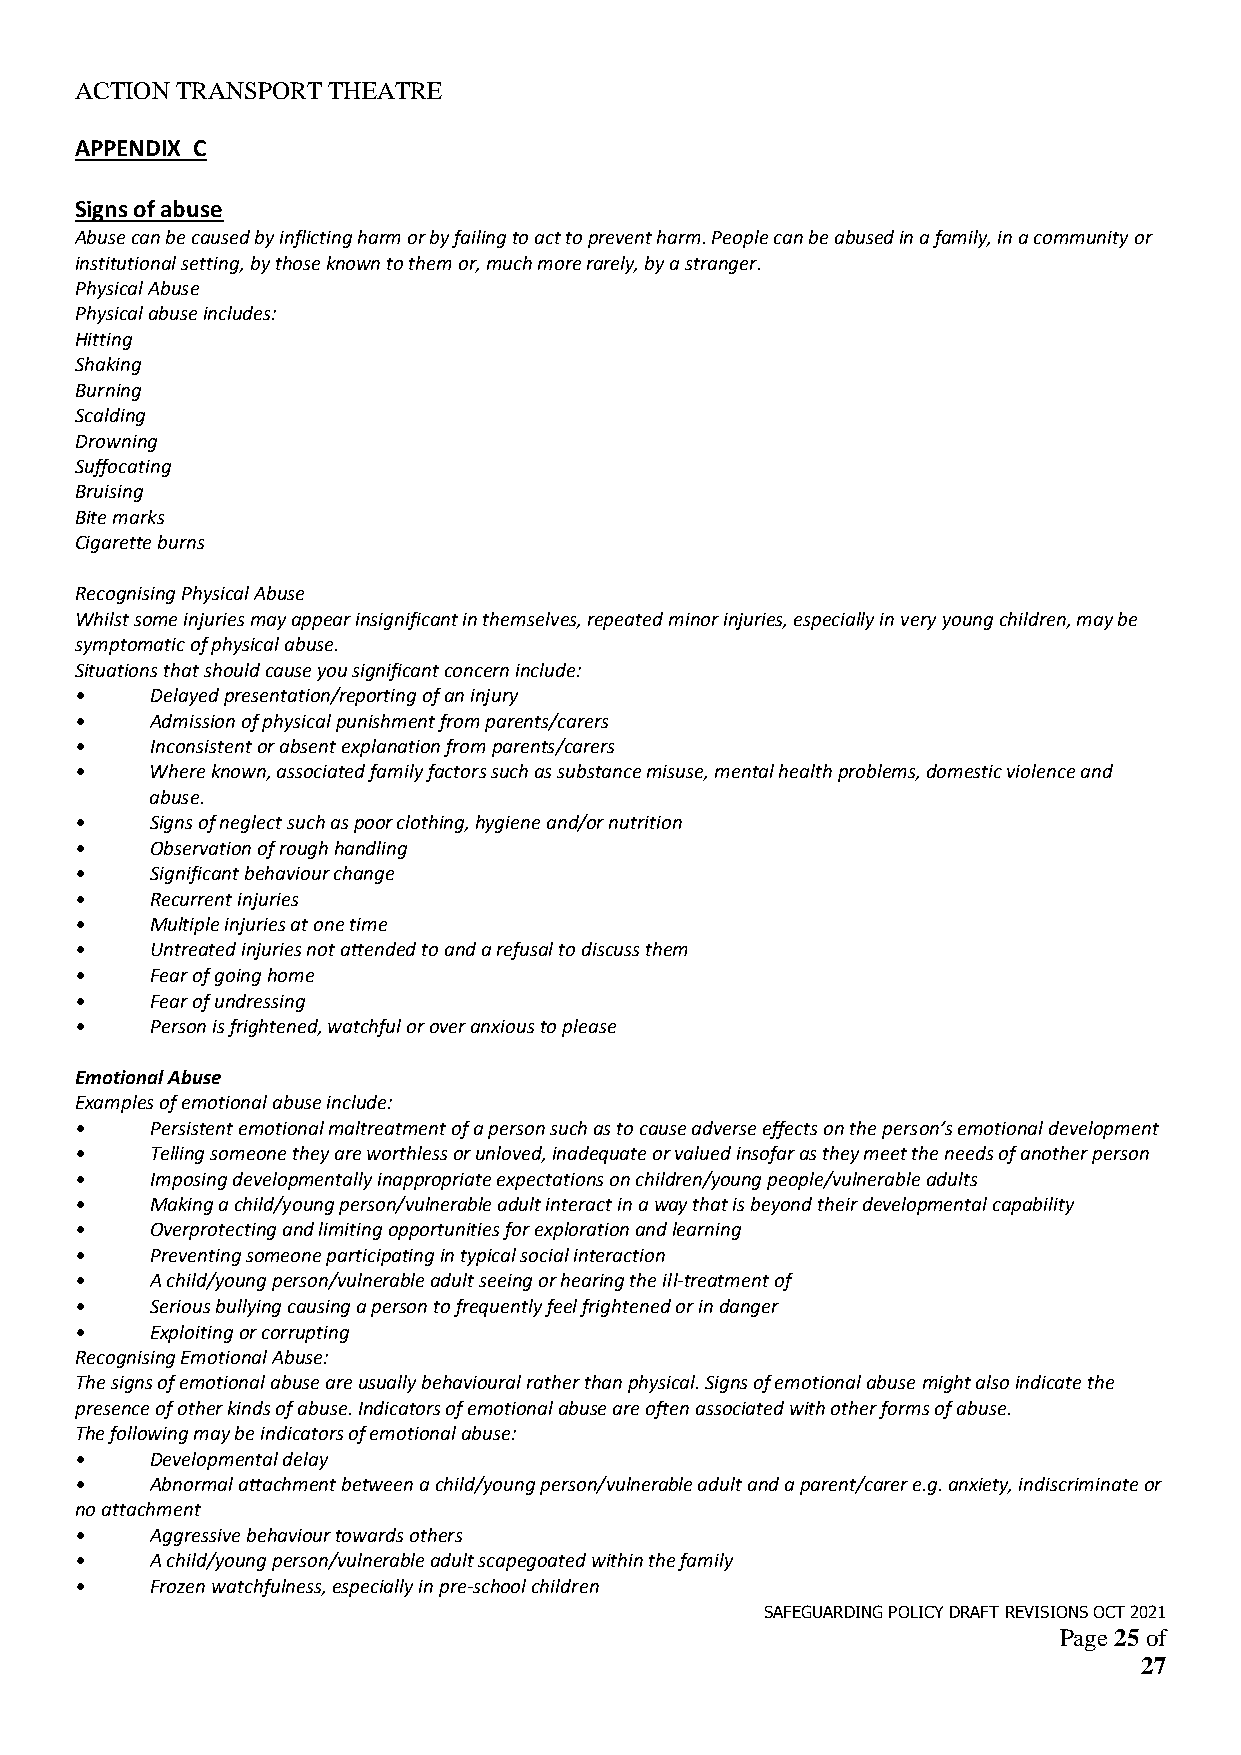
ACTION TRANSPORT THEATRE
 APPENDIX C
 Signs of abuse
 Abuse can be caused by inflicting harm or by failing to act to prevent harm. People can be abused in a family, in a community or
 institutional setting, by those known to them or, much more rarely, by a stranger.
 Physical Abuse
 Physical abuse includes:
 Hitting
 Shaking
 Burning
 Scalding
 Drowning
 Suffocating
 Bruising
 Bite marks
 Cigarette burns
 Recognising Physical Abuse
 Whilst some injuries may appear insignificant in themselves, repeated minor injuries, especially in very young children, may be
 symptomatic of physical abuse.
 Situations that should cause you significant concern include:
 •    Delayed presentation/reporting of an injury
 •    Admission of physical punishment from parents/carers
 •    Inconsistent or absent explanation from parents/carers
 •    Where known, associated family factors such as substance misuse, mental health problems, domestic violence and
 abuse.
 •    Signs of neglect such as poor clothing, hygiene and/or nutrition
 •    Observation of rough handling
 •    Significant behaviour change
 •    Recurrent injuries
 •    Multiple injuries at one time
 •    Untreated injuries not attended to and a refusal to discuss them
 •    Fear of going home
 •    Fear of undressing
 •    Person is frightened, watchful or over anxious to please
 Emotional Abuse
 Examples of emotional abuse include:
 •    Persistent emotional maltreatment of a person such as to cause adverse effects on the person’s emotional development
 •    Telling someone they are worthless or unloved, inadequate or valued insofar as they meet the needs of another person
 •    Imposing developmentally inappropriate expectations on children/young people/vulnerable adults
 •    Making a child/young person/vulnerable adult interact in a way that is beyond their developmental capability
 •    Overprotecting and limiting opportunities for exploration and learning
 •    Preventing someone participating in typical social interaction
 •    A child/young person/vulnerable adult seeing or hearing the ill-treatment of
 •    Serious bullying causing a person to frequently feel frightened or in danger
 •    Exploiting or corrupting
 Recognising Emotional Abuse:
 The signs of emotional abuse are usually behavioural rather than physical. Signs of emotional abuse might also indicate the
 presence of other kinds of abuse. Indicators of emotional abuse are often associated with other forms of abuse.
 The following may be indicators of emotional abuse:
 •    Developmental delay
 •    Abnormal attachment between a child/young person/vulnerable adult and a parent/carer e.g. anxiety, indiscriminate or
 no attachment
 •    Aggressive behaviour towards others
 •    A child/young person/vulnerable adult scapegoated within the family
 •    Frozen watchfulness, especially in pre-school children
 SAFEGUARDING POLICY DRAFT REVISIONS OCT 2021
 Page 25 of
 27